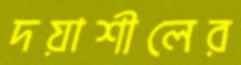
দয়াশীলের